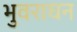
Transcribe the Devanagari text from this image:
भुवराघन